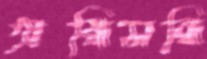
অন্ধিসন্ধি